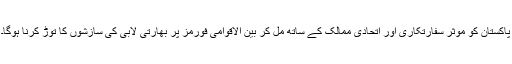
پاکستان کو موثر سفارتکاری اور اتحادی ممالک کے ساتھ مل کر بین الاقوامی فورمز پر بھارتی لابی کی سازشوں کا توڑ کرنا ہوگا۔